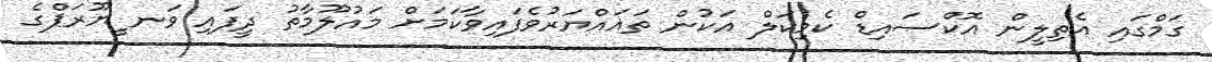
ގަމްގައި އެތިލީން އޮކްސައިޑް ކެމިކަލް އަކުން ތަޣައްޔަރުވެފައިވާކަމަށް މައުލޫމާތު ދީފައި ވަނ ީޔޫރަޕްގެ